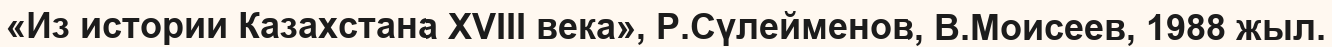
«Из истории Казахстана XVIII века», Р.Сүлейменов, В.Моисеев, 1988 жыл.